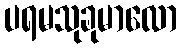
ပရမသုခုမာလော